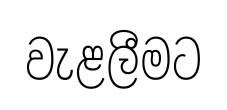
වැළලීමට